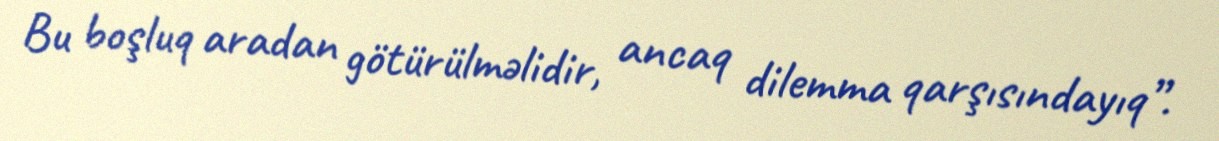
Bu boşluq aradan götürülməlidir, ancaq dilemma qarşısındayıq”.